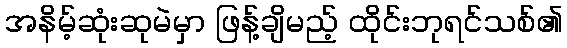
အနိမ့်ဆုံးဆုမဲမှာ ဖြန့်ချိမည့် ထိုင်းဘုရင်သစ်၏